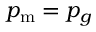
p _ { \mathrm { m } } = p _ { g }